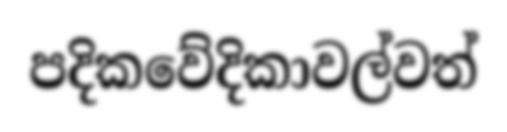
පදිකවේදිකාවල්වත්